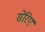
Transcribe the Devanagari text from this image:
सेरिए